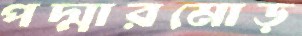
পদ্মারমোড়